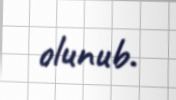
olunub.